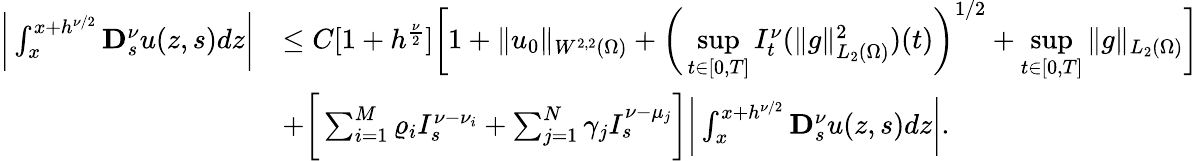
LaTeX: \begin{array}{rl}{\bigg|\int_{x}^{x+h^{\nu/2}}\mathbf{D}_{s}^{\nu}u(z,s)dz\bigg|}&{\leq C[1+h^{\frac{\nu}{2}}]\bigg[1+\| u_{0}\| _{W^{2,2}(\Omega)}+\bigg(\underset{t\in[0,T]}{\operatorname*{sup}}I_{t}^{\nu}(\| g\| _{L_{2}(\Omega)}^{2})(t)\bigg)^{1/2}+\underset{t\in[0,T]}{\operatorname*{sup}}\| g\| _{L_{2}(\Omega)}\bigg]}\\ &{+\bigg[\sum_{i=1}^{M}\varrho_{i}I_{s}^{\nu-\nu_{i}}+\sum_{j=1}^{N}\gamma_{j}I_{s}^{\nu-\mu_{j}}\bigg]\bigg|\int_{x}^{x+h^{\nu/2}}\mathbf{D}_{s}^{\nu}u(z,s)dz\bigg|.}\end{array}